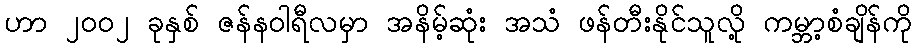
ဟာ ၂၀၀၂ ခုနှစ် ဇန်နဝါရီလမှာ အနိမ့်ဆုံး အသံ ဖန်တီးနိုင်သူလို့ ကမ္ဘာ့စံချိန်ကို